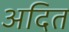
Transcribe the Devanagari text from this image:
अदित